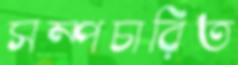
সম্পচারিত